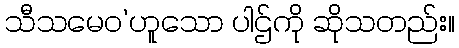
သီသမေဝ’ဟူသော ပါဌ်ကို ဆိုသတည်း။